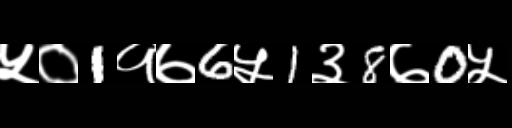
Text: ५०1१७6५1३8७0५